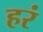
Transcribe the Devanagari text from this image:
हरं